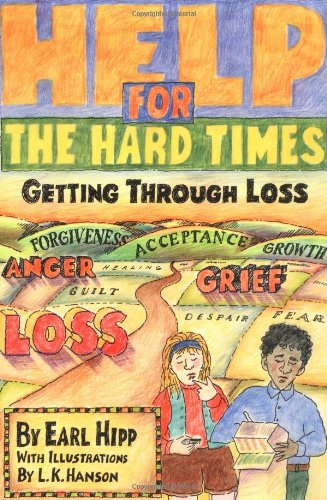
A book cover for Help for The Hard Times: Getting Through Loss; Earl Hipp; Teen & Young Adult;